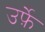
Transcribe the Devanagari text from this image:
उर्फ़े